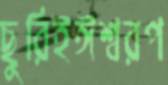
ছুরিইঈশ্বরপ